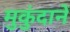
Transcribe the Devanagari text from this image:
मुकुंदानें